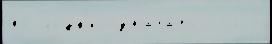
по ло́дк'и означа́ть СССР